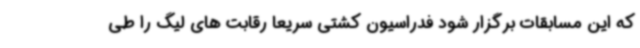
که این مسابقات برگزار شود فدراسیون کشتی سریعا رقابت های لیگ را طی